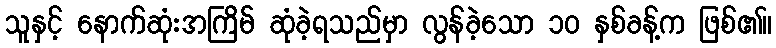
သူနှင့် နောက်ဆုံးအကြိမ် ဆုံခဲ့ရသည်မှာ လွန်ခဲ့သော ၁၀ နှစ်ခန့်က ဖြစ်၏။